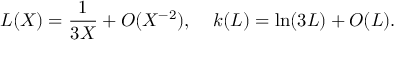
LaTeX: L ( X ) = { \frac { 1 } { 3 X } } + O ( X ^ { - 2 } ) , \; \; \; \; k ( L ) = \ln ( 3 L ) + O ( L ) .